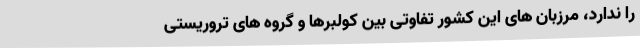
را ندارد، مرزبان های این کشور تفاوتی بین کولبرها و گروه های تروریستی